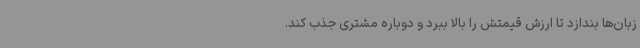
زبان‌ها بندازد تا ارزش قیمتش را بالا ببرد و دوباره مشتری جذب کند.